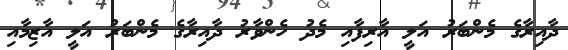
ދާއިރާގެ މެންބަރު އަލީ އާރިފާއި މެދު ހެންވާރު ދާއިރާގެ މެންބަރު އަލީ އާޒިމާއި